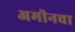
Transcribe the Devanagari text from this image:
अमीनचा